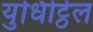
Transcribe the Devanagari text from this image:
युधिट्ठिल